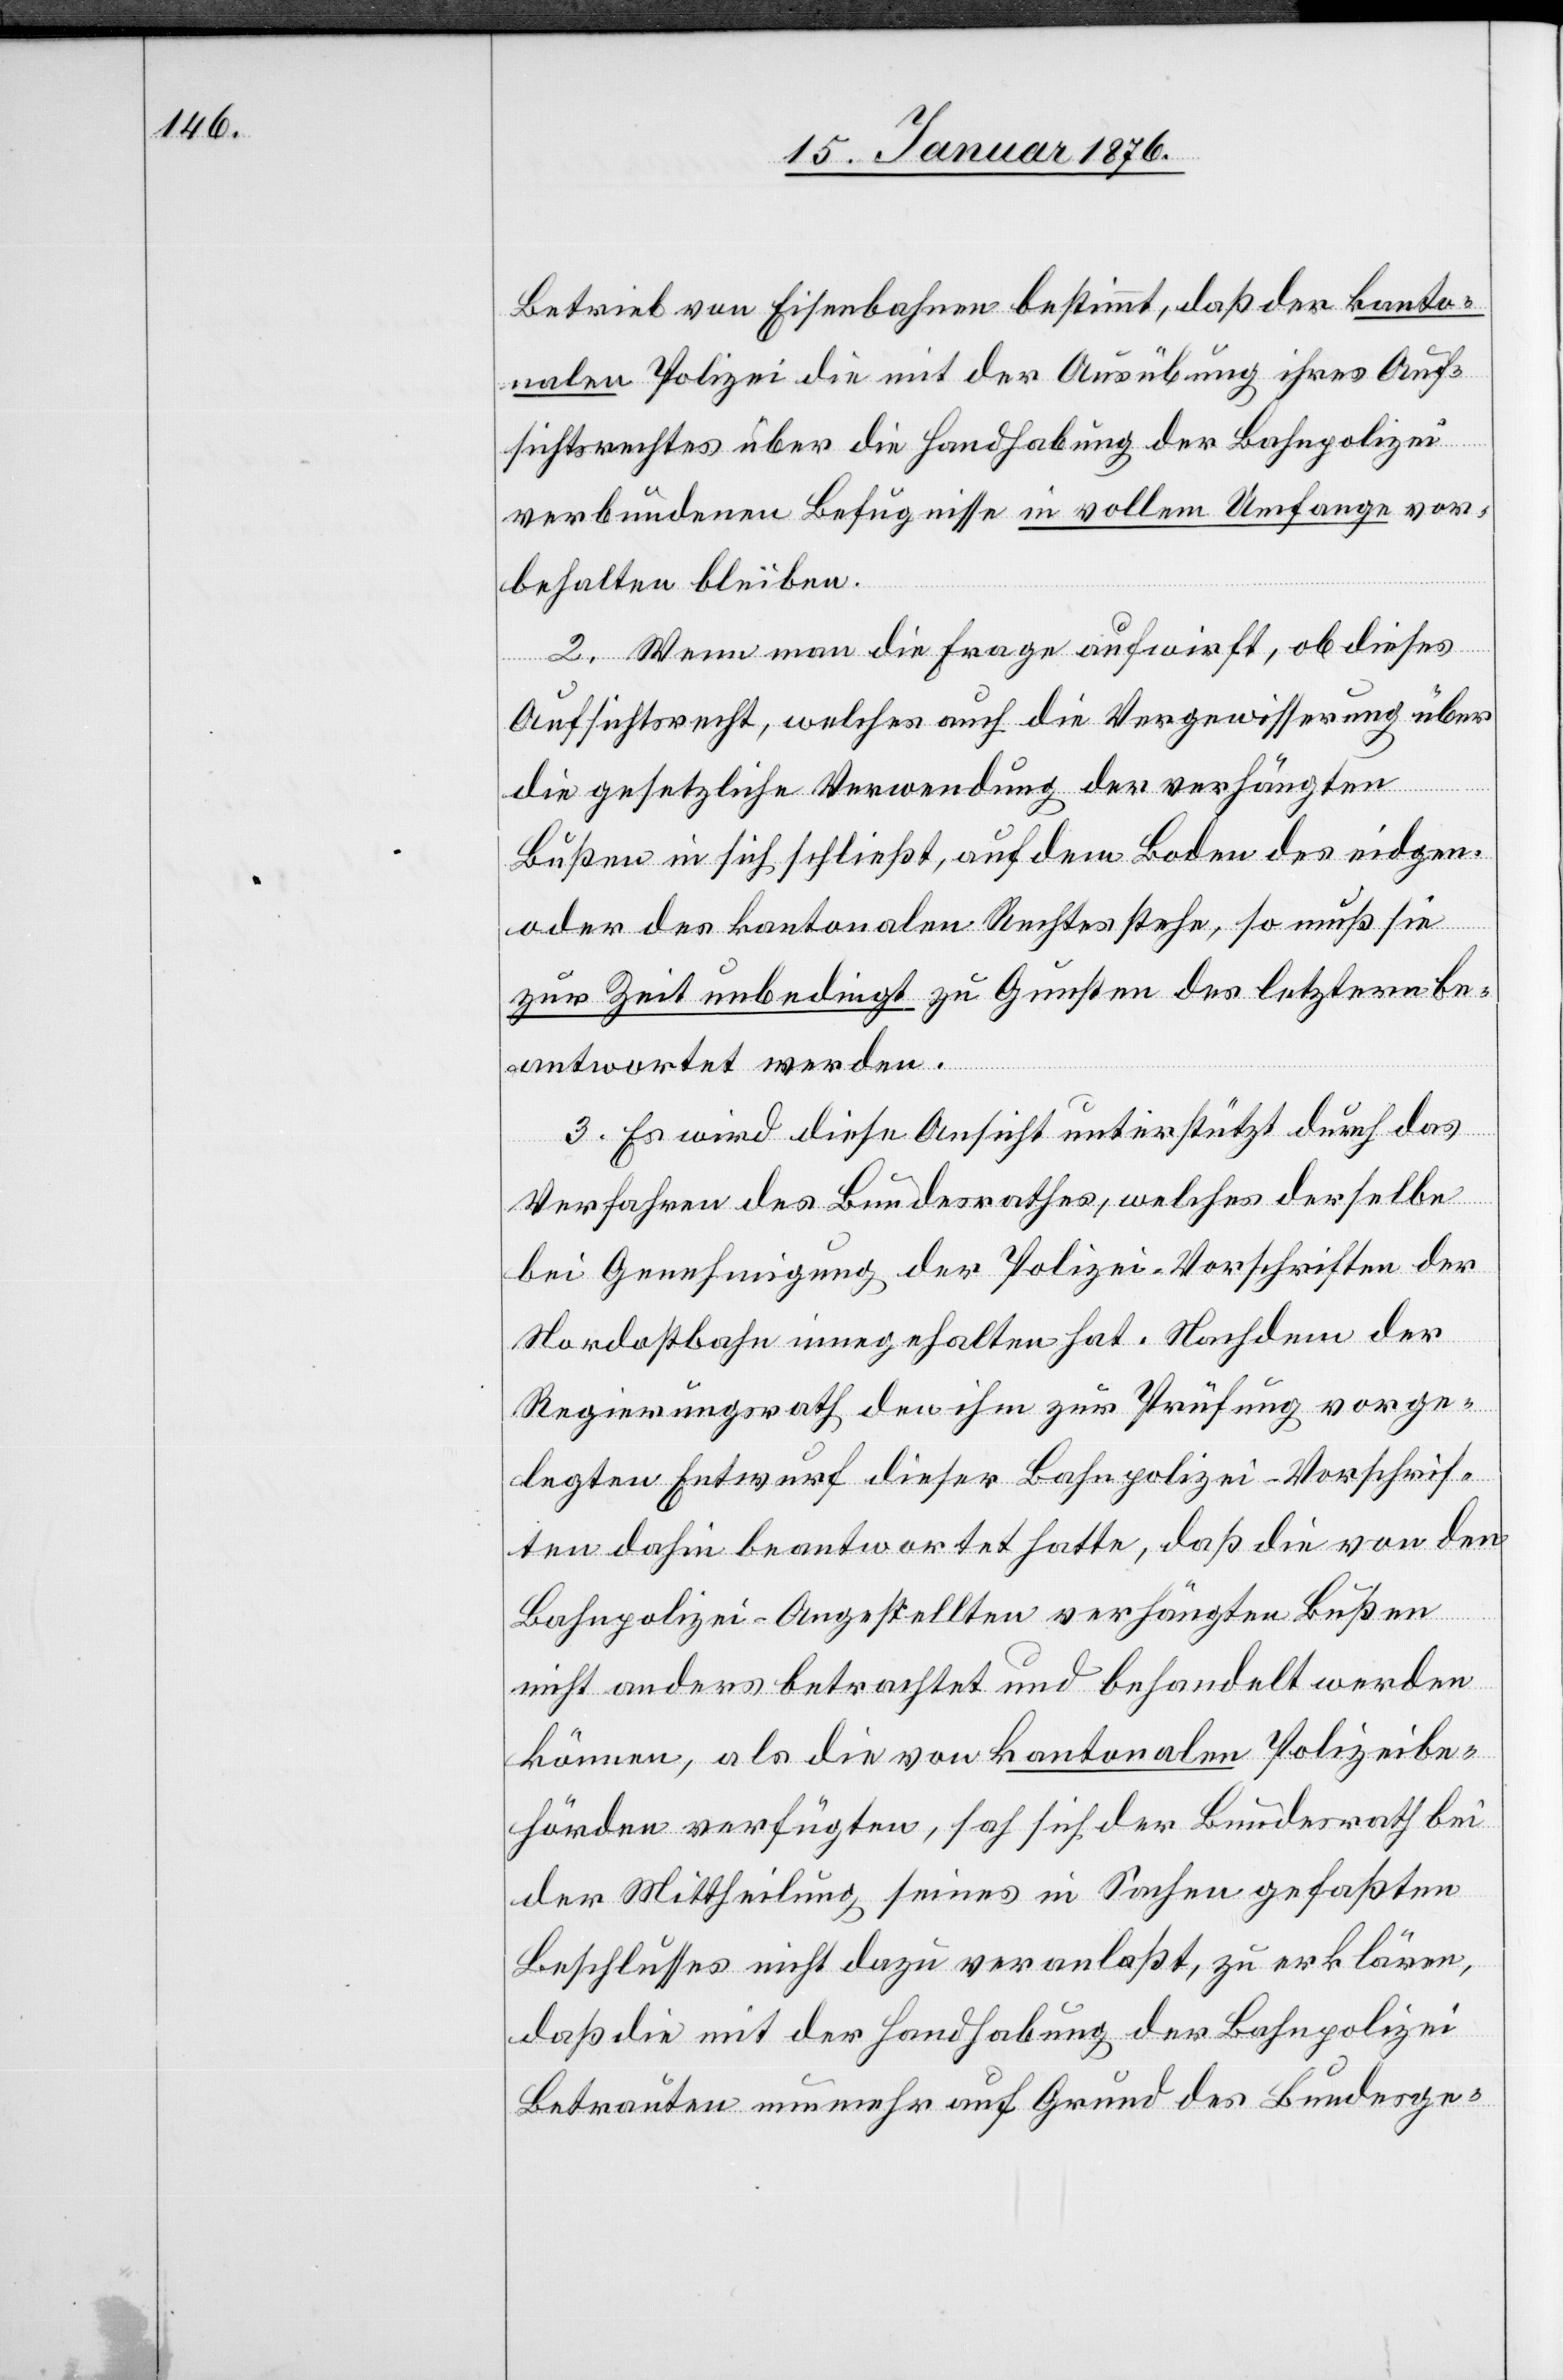
Betrieb von Eisenbahnen bestimmt, daß der kanto¬
nalen Polizei die mit der Ausübung ihres Auf¬
sichtsrechtes über die Handhabung der Bahnpolizei
verbundenen Befugnisse in vollem Umfange vor¬
behalten bleiben.
2. Wenn man die Frage aufwirft, ob dieses
Aufsichtsrecht, welches auch die Vergewisserung über
die gesetzliche Verwendung der verhängten
Bußen in sich schließt, auf dem Boden des eidgen.
oder des kantonalen Rechtes stehe, so muß sie
zur Zeit unbedingt zu Gunsten des letztern be¬
schrif¬
antwortet werden.
3. Es wird diese Ansicht unterstützt durch das
Verfahren des Bundesrathes, welches derselbe
bei Genehmigung der Polizei-Vorschriften der
Nordostbahn innegehalten hat. Nachdem der
Regierungsrath den ihm zur Prüfung vorge¬
ten dahin beantwortet hatte, daß die von den
Bahnpolizei-Angestellten verhängten Bußen
nicht anders betrachtet und behandelt werden
können, als die von kantonalen Polizeibe¬
hörden verfügten, hat sich der Bundesrath bei
der Mittheilung seines in Sachen gefaßten
Beschlusses nicht dazu veranlaßt, zu erklären,
daß die mit der Handhabung der Bahnpolizei
Betrauten nunmehr auf Grund des Bundesge-